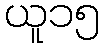
ယူ၁၅